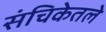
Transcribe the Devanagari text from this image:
संचिकेतले